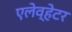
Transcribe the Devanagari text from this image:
एलेव्हेटर